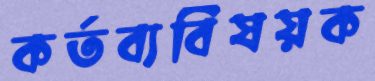
কর্তব্যবিষয়ক